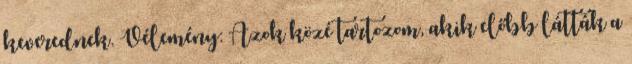
keverednek. Vélemény: Azok közé tartozom, akik előbb látták a